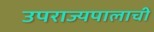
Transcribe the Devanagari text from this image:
उपराज्यपालाची